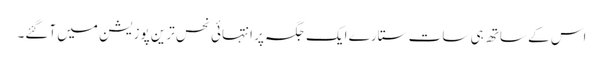
اس کے ساتھ ہی سات ستارے ایک جگہ پر انتہائی نحس ترین پوزیشن میں آگئے۔